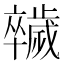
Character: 𣦮